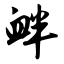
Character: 衅